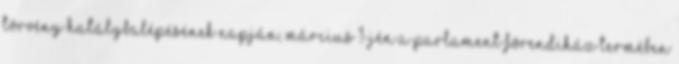
törvény hatálybalépésének napján, március 1-jén a Parlament Fõrendiház termében